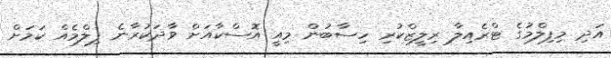
އަދި މިފިލްމުގެ ޓްރެއިލާ ރިލީޒްކުރި ހިސާބުން މިއީ އޮސްކާއަށް ވާދަކުރާނެ ފިލްމެއް ކަމަށް